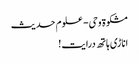
مشکوة وحی- علوم حدیث
اناڑی ہاتھ درایت!